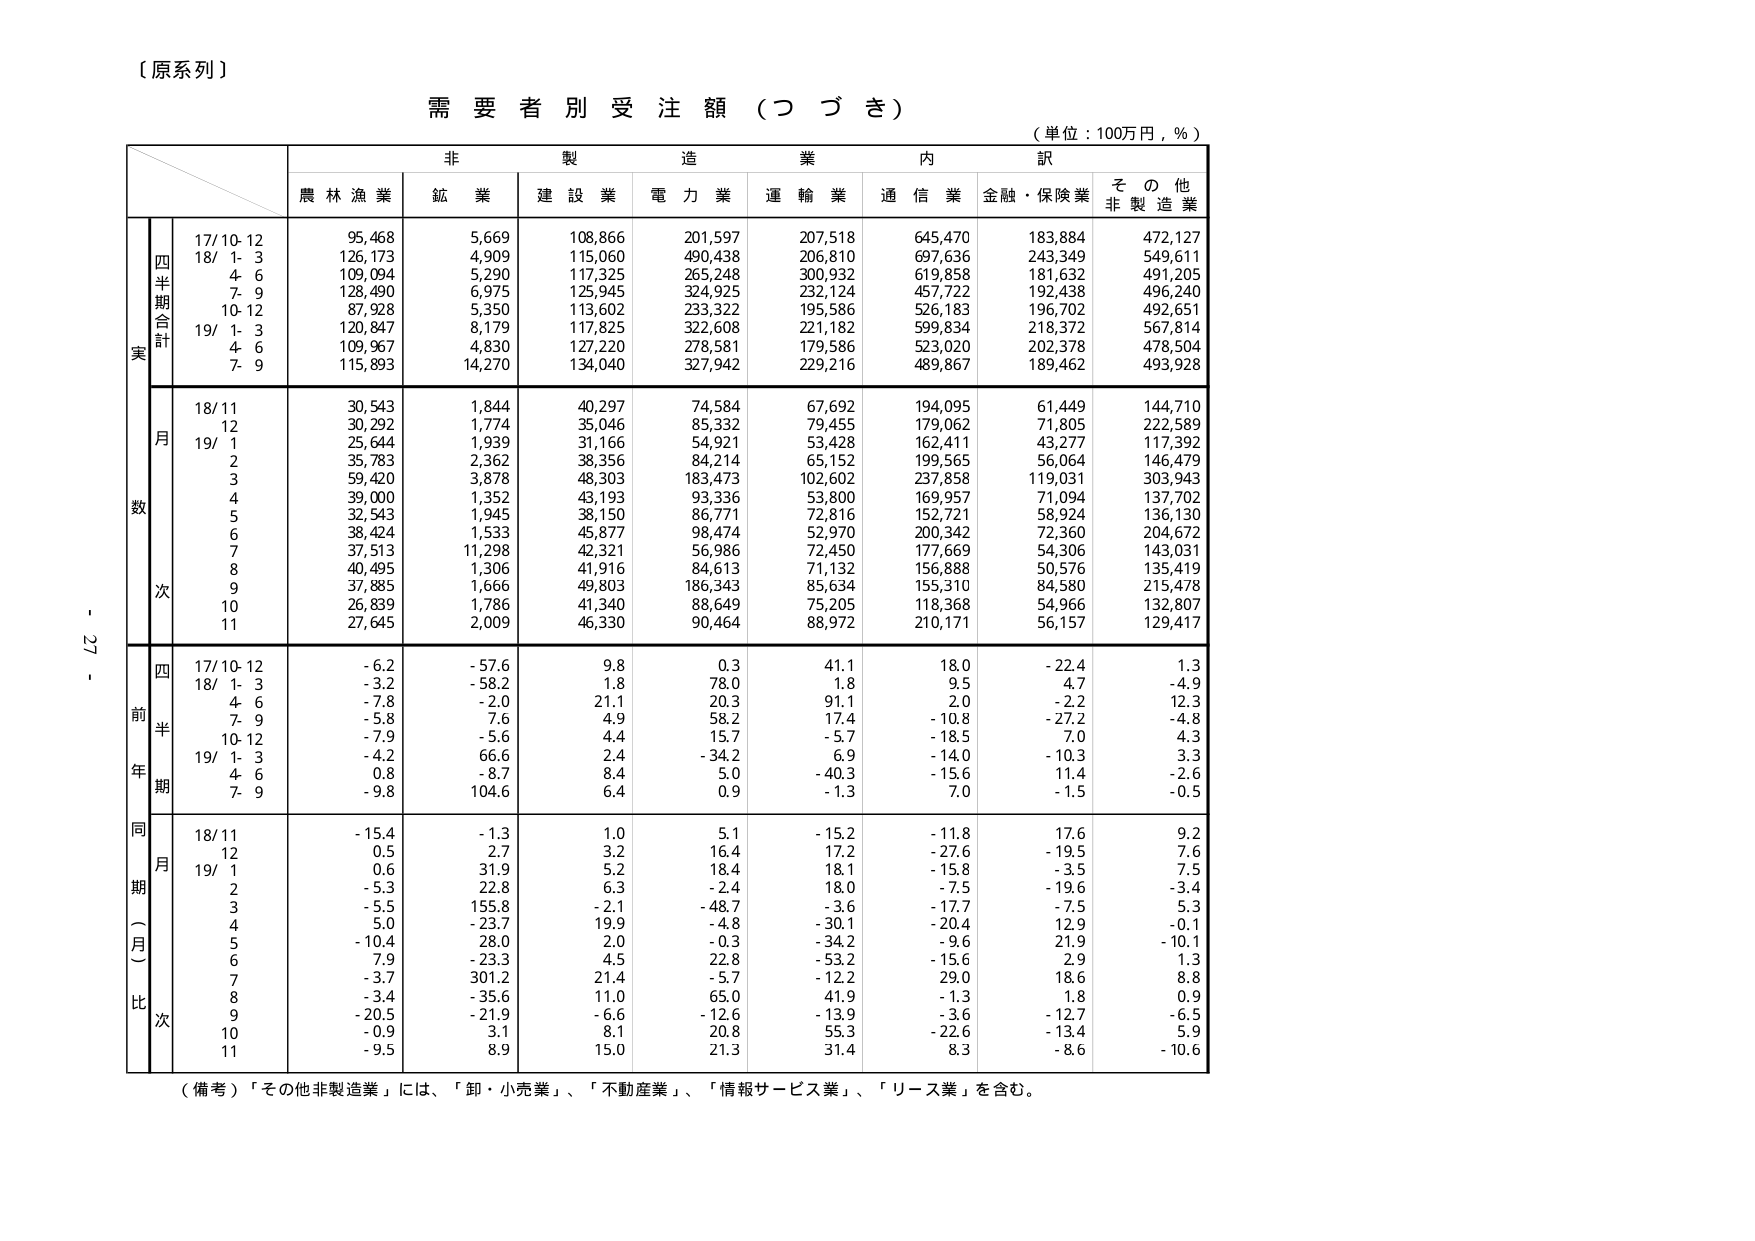
【原系列】

需要者別受注額（つづき）

（単位：100万円，％）